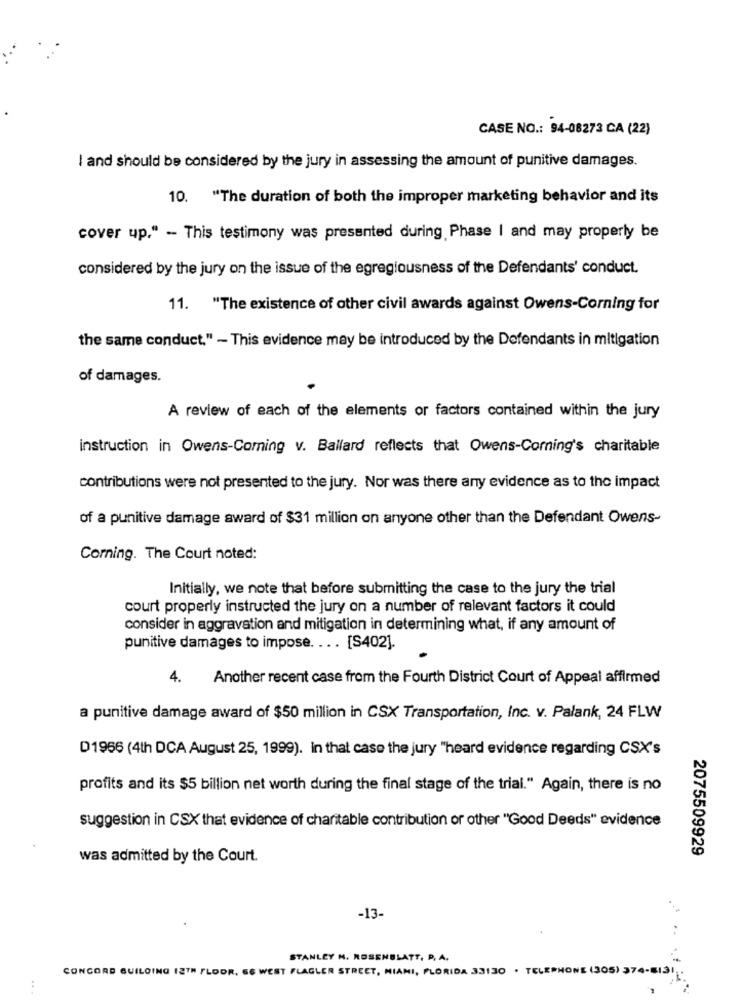
CASE NO .: 94-08273 CA (22)
I and should be considered by the jury in assessing the amount of punitive damages.
10. "The duration of both the improper marketing behavior and its
cover up." - This testimony was presented during, Phase I and may properly be
considered by the jury on the issue of the egregiousness of the Defendants' conduct.
11. "The existence of other civil awards against Owens-Corning for
the same conduct." - This evidence may be introduced by the Defendants in mitigation
of damages.
A review of each of the elements or factors contained within the jury
instruction in Owens-Coming v. Ballard reflects that Owens-Corning's charitable
contributions were not presented to the jury. Nor was there any evidence as to the impact
of a punitive damage award of $31 million on anyone other than the Defendant Owens-
Corning. The Court noted:
Initially, we note that before submitting the case to the jury the trial
court properly instructed the jury on a number of relevant factors it could
consider in aggravation and mitigation in determining what, if any amount of
punitive damages to impose. ... [S402].
4.
Another recent case from the Fourth District Court of Appeal affirmed
a punitive damage award of $50 million in CSX Transportation, Inc. v. Palank, 24 FLW
D1966 (4th DCA August 25, 1999). in that case the jury "heard evidence regarding CSX's
profits and its $5 billion net worth during the final stage of the trial." Again, there is no
suggestion in CSX that evidence of charitable contribution or other "Good Deeds" evidence
2075509929
was admitted by the Court.
-13-
..
STANLEY N. ROSENBLATT, P. A.
CONCORD BUILDING 12TH FLOOR, GS WEST FLAGLER STREET, MIAMI, FLORIDA 33130 . TELEPHONE (305) 374-8131
...